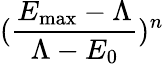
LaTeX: (\frac{E_{\mathrm{max}}-\Lambda}{\Lambda-E_{0}})^{n}